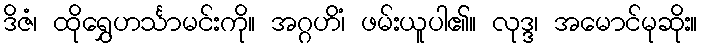
ဒိဇံ၊ ထိုရွှေဟင်္သာမင်းကို။ အဂ္ဂဟိံ၊ ဖမ်းယူပါ၏။ လုဒ္ဒ၊ အမောင်မုဆိုး။